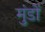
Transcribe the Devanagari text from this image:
मुंडों